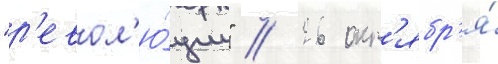
"р'евол'ю́ции" // 26 окт'ябр'я́